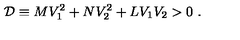
{ \cal D } \equiv M V _ { 1 } ^ { 2 } + N V _ { 2 } ^ { 2 } + L V _ { 1 } V _ { 2 } > 0 \ .